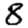
Digit: 8